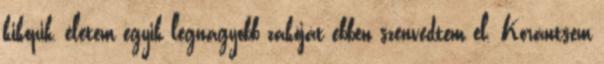
kikopik, életem egyik legnagyobb zakóját ebben szenvedtem el. Korántsem